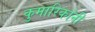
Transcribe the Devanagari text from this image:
कुमारिकांनीं